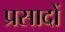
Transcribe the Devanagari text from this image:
प्रसादों